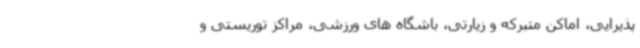
پذیرایی، اماکن متبرکه و زیارتی، باشگاه های ورزشی، مراکز توریستی و